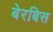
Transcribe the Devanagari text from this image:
बेरबिस